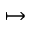
\mapsto